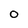
Character: O